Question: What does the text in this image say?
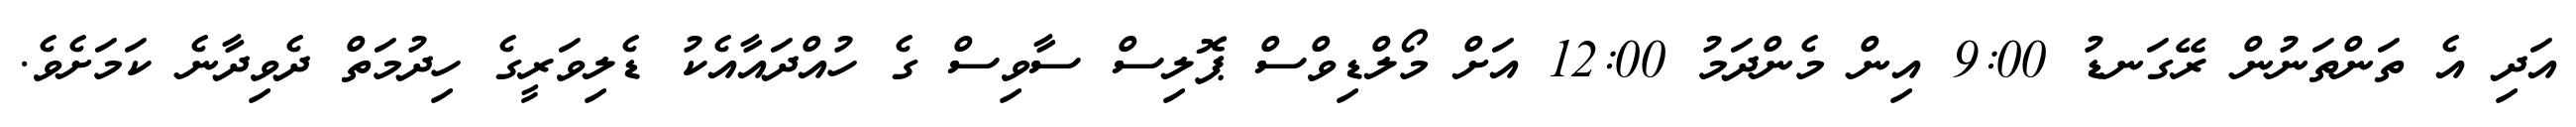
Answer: އަދި އެ ތަންތަނުން ރޭގަނޑު 9:00 އިން މެންދަމު 12:00 އަށް މޯލްޑިވްސް ޕޮލިސް ސާވިސް ގެ ހުއްދައާއެކު ޑެލިވަރީގެ ހިދުމަތް ދެވިދާނެ ކަމަށެވެ.